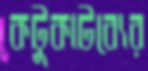
কটুকাটব্যের